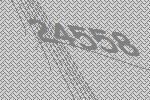
24558